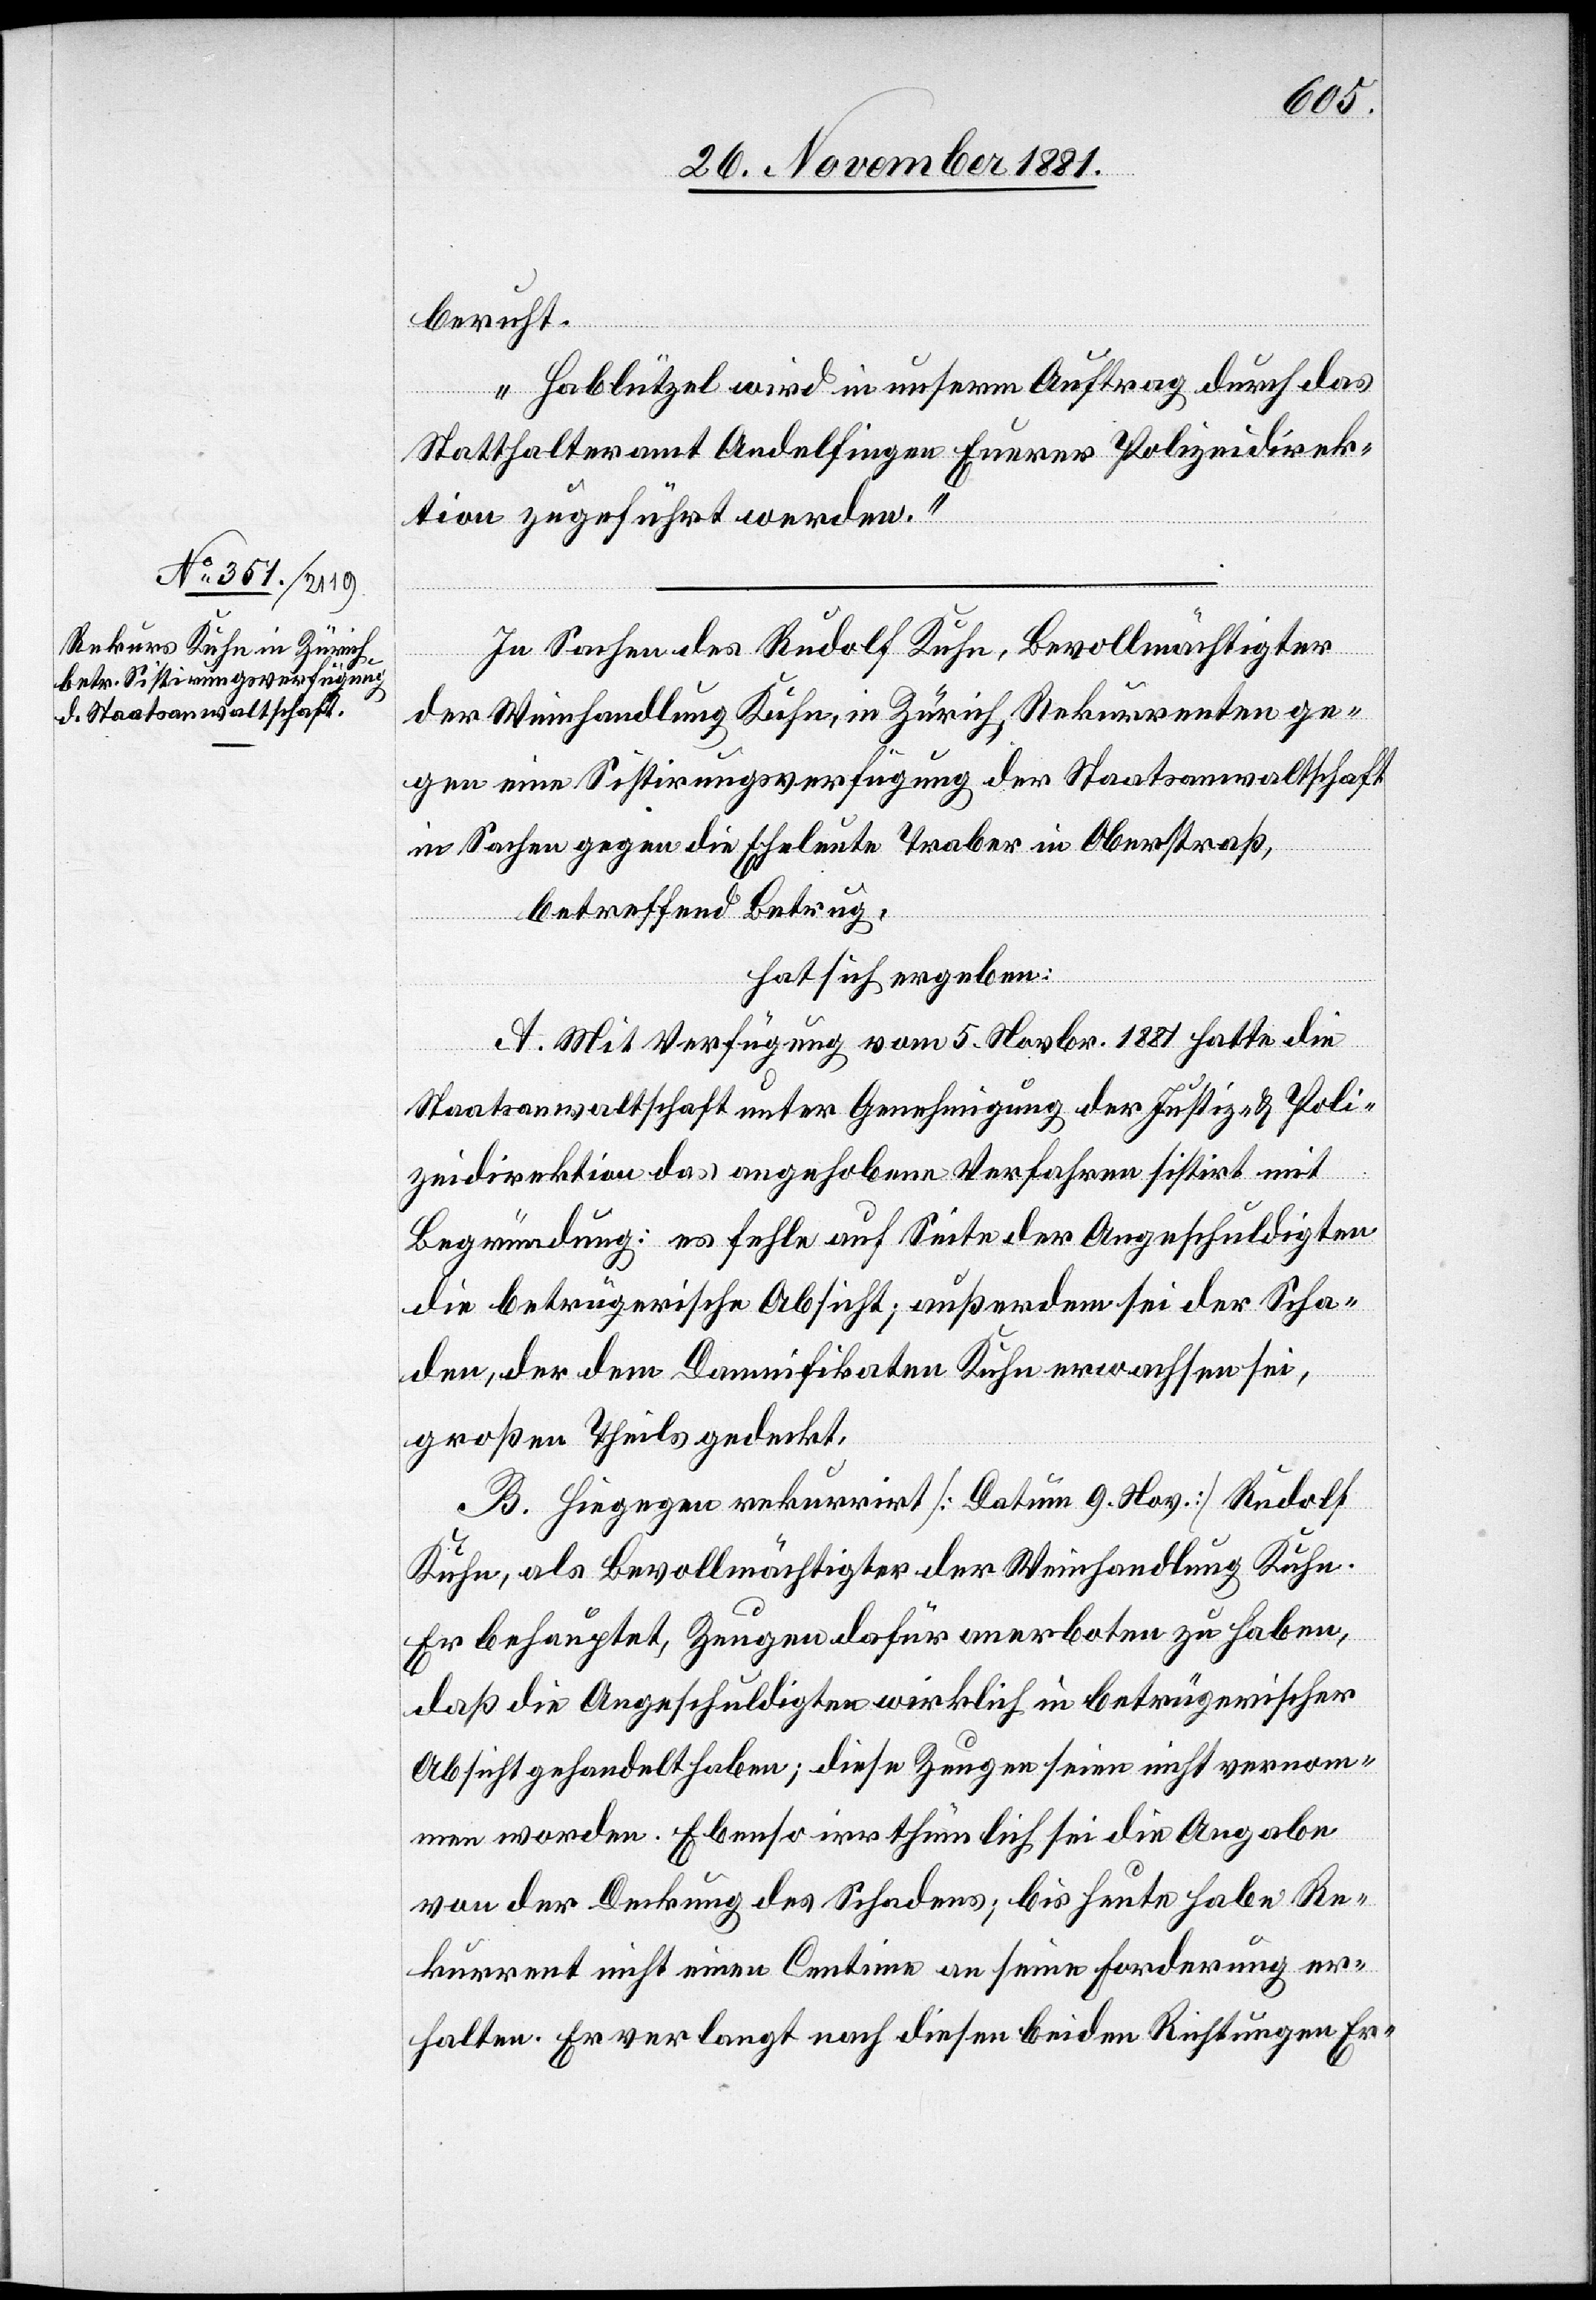
Hablützel wird in unserm Auftrag durch das
Statthalteramt Andelfingen Eurer Polizeidirek¬
tion zugeführt werden.“
In Sachen des Rudolf Kuhn, Bevollmächtigter
der Weinhandlung Kuhn, in Zürich, Rekurrenten ge¬
gen eine Sistirungsverfügung der Staatsanwaltschaft
in Sachen gegen die Eheleute Traber in Oberstraß,
betreffend Betrug,
hat sich ergeben:
A. Mit Verfügung vom 5. Novbr. 1881 hatte die
Staatsanwaltschaft unter Genehmigung der Justiz- & Poli¬
zeidirektion das angehobene Verfahren sistirt mit
Begründung: es fehle auf Seite der Angeschuldigten
die betrügerische Absicht; außerdem sei der Scha¬
den, der dem Damnifikaten Kuhn erwachsen sei,
großen Theils gedeckt.
B. Hiegegen rekurrirt [Datum 9. Nov.] Rudolf
Kuhn, als Bevollmächtigter der Weinhandlung Kuhn.
Er behauptet, Zeugen dafür anerboten zu haben,
daß die Angeschuldigten wirklich in betrügerischer
Absicht gehandelt haben; diese Zeugen seien nicht vernom¬
men worden. Ebenso irrthümlich sei die Angabe
von der Deckung des Schadens; bis heute habe Re¬
kurrent nicht einen Centime an seine Forderung er¬
halten. Er verlangt nach diesen beiden Richtungen Er-